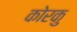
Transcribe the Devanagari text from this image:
कोरकु